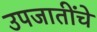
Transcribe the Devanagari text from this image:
उपजातींचे